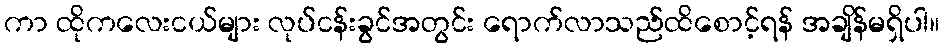
ကာ ထိုကလေးငယ်များ လုပ်ငန်းခွင်အတွင်း ရောက်လာသည်ထိစောင့်ရန် အချိန်မရှိပါ။